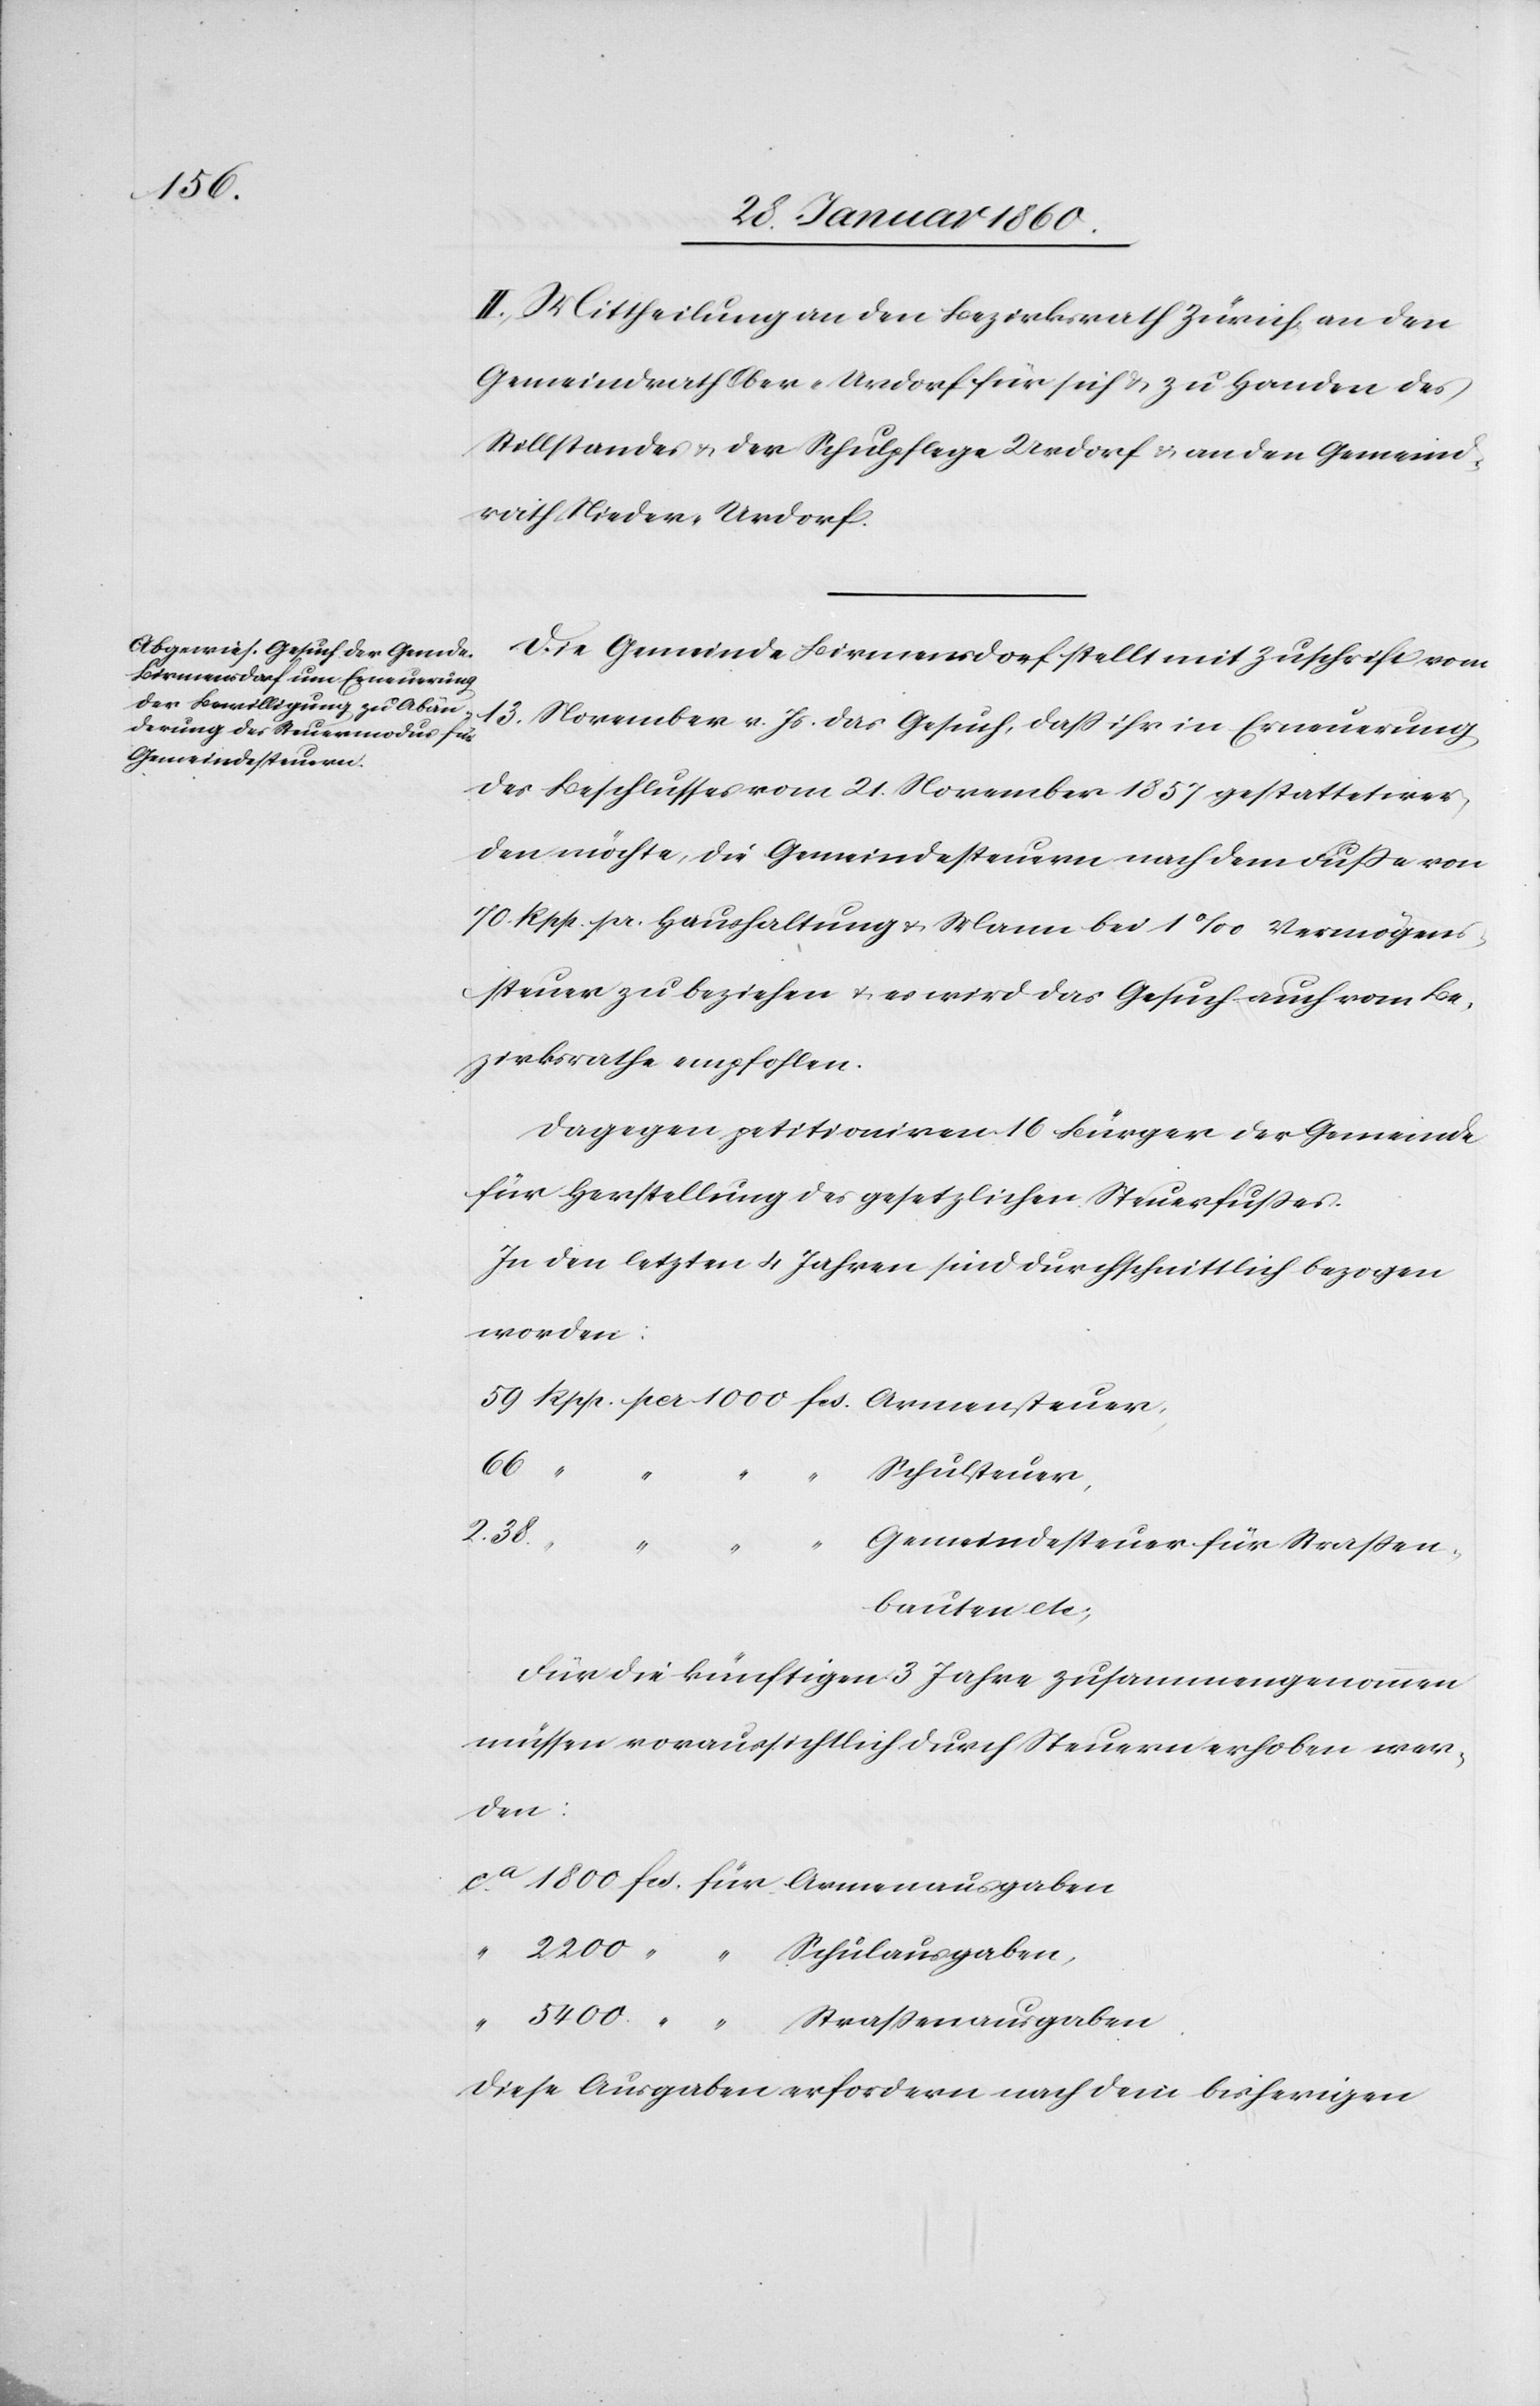
II. Mittheilung an den Bezirksrath Zürich, an den
Gemeindrath Ober-Urdorf für sich u. zu Handen des
Stillstandes u. der Schulpflege Urdorf u. an den Gemeind¬
rath Nieder-Urdorf.
Die Gemeinde Birmensdorf stellt mit Zuschrift vom
13. November v. Js. das Gesuch, dass ihr in Erneuerung
des Beschlusses vom 21. November 1857 gestattet wer¬
den möchte, die Gemeindesteuern nach dem Fusse von
70 Rpp. pr. Haushaltung u. Mann bei 1‰ Vermögens¬
steuer zu beziehen u. es wird das Gesuch auch vom Be¬
zirksrathe empfohlen.
Dagegen petitioniren 16 Bürger der Gemeinde
für Herstellung des gesetzlichen Steuerfusses.
in den letzten 4 Jahren sind durchschnittlich bezogen
worden:
66.
Schulsteuer
2200
5400
Gemeindesteuer für Strassen¬
bauten etc.
Für die künftigen 3 Jahre zusammengenommen
müssen voraussichtlich durch Steuern erhoben wer¬
den:
Diese Ausgaben erfordern nach dem bisherigen